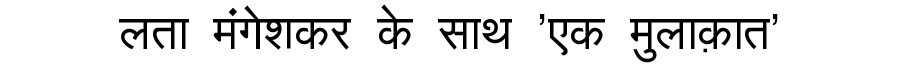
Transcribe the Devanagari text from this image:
लता मंगेशकर के साथ 'एक मुलाक़ात'